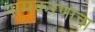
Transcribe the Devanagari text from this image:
नामकरणाचा